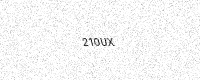
Text: 210UX